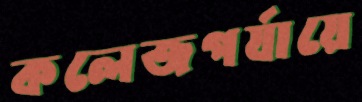
কলেজপর্যায়ে